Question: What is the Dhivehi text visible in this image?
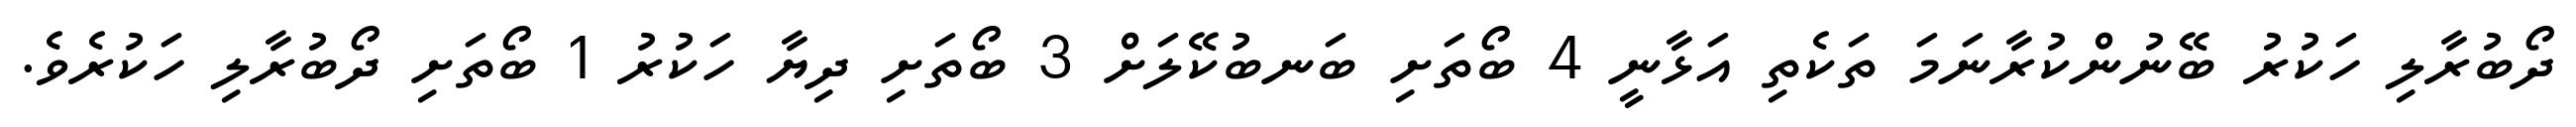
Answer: ދޯބުރާލި ހަކުރު ބޭނުންކުރާނަމަ ތަކެތި އަޅާނީ 4 ބޯތަށި ބަނބުކޭލަށް 3 ބޯތަށި ދިޔާ ހަކުރު 1 ބޯތަށި ދޯބުރާލި ހަކުރެވެ.